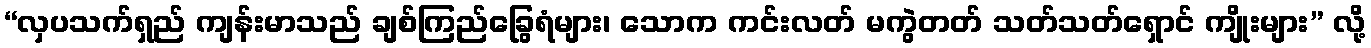
“လှပသက်ရှည် ကျန်းမာသည် ချစ်ကြည်ခြွေရံများ၊ သောက ကင်းလတ် မကွဲတတ် သတ်သတ်ရှောင် ကျိုးများ” လို့